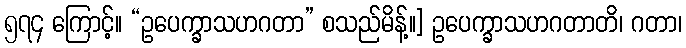
၅၇၄ ကြောင့်။ “ဥပေက္ခာသဟဂတာ” စသည်မိန့်။] ဥပေက္ခာသဟဂတာတိ၊ ဂတာ၊